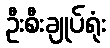
ဦးစီးချုပ်ရုံး